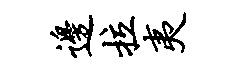
边拉夷